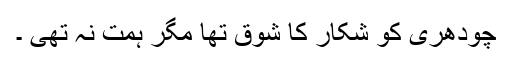
چودھری کو شکار کا شوق تھا مگر ہمت نہ تھی ۔